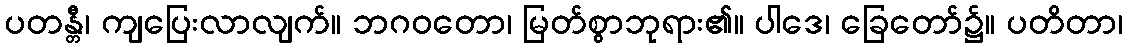
ပတန္တီ၊ ကျပြေးလာလျက်။ ဘဂဝတော၊ မြတ်စွာဘုရား၏။ ပါဒေ၊ ခြေတော်၌။ ပတိတာ၊